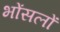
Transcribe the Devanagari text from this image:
भोंसलों